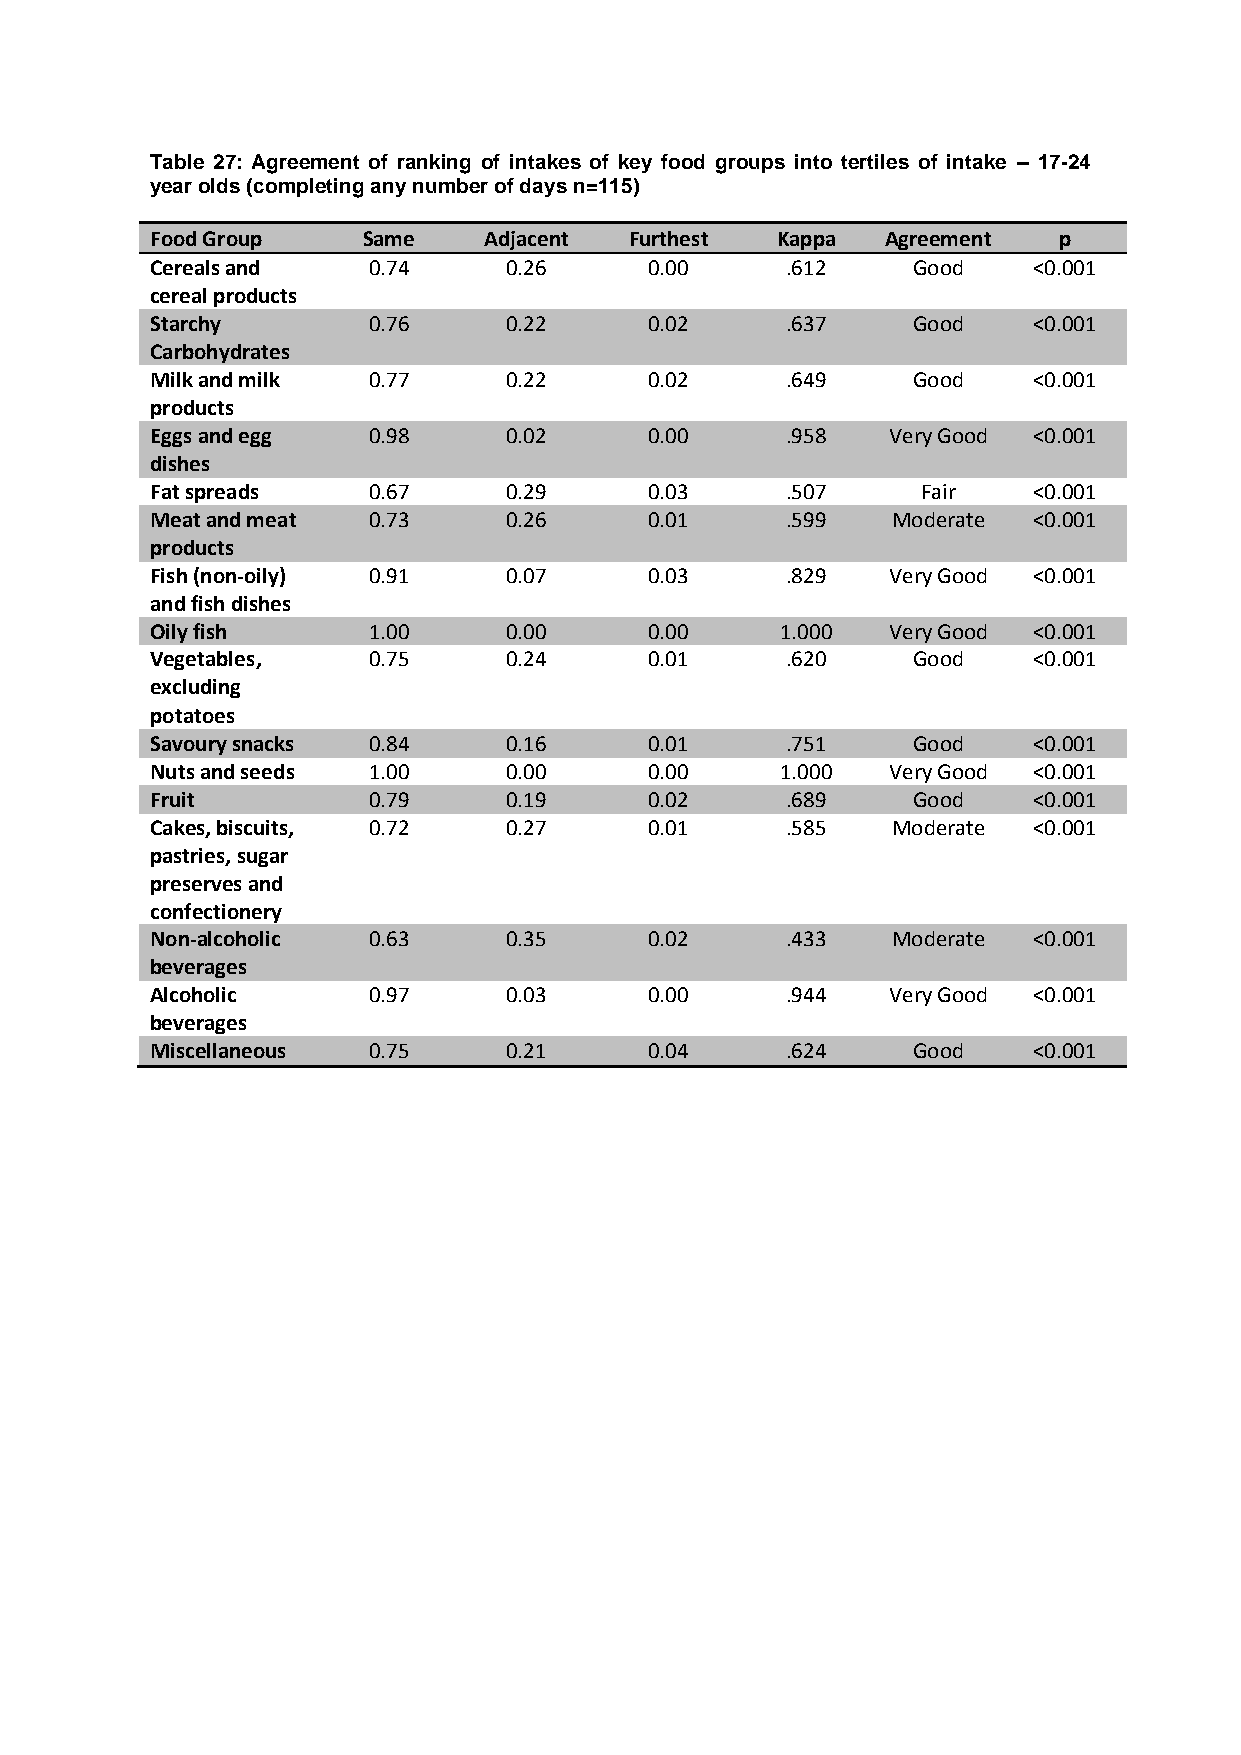
Table 27: Agreement of ranking of intakes of key food groups into tertiles of intake – 17-24
 year olds (completing any number of days n=115)
 Food Group    Same    Adjacent  Furthest Kappa   Agreement  p
 Cereals and   0.74     0.26      0.00     .612    Good    <0.001
 cereal products
 Starchy       0.76     0.22      0.02     .637    Good    <0.001
 Carbohydrates
 Milk and milk 0.77     0.22      0.02     .649    Good    <0.001
 products
 Eggs and egg  0.98     0.02      0.00     .958   Very Good <0.001
 dishes
 Fat spreads   0.67     0.29      0.03     .507     Fair   <0.001
 Meat and meat 0.73     0.26      0.01     .599   Moderate <0.001
 products
 Fish (non-oily) 0.91   0.07      0.03     .829   Very Good <0.001
 and fish dishes
 Oily fish     1.00     0.00      0.00     1.000  Very Good <0.001
 Vegetables,   0.75     0.24      0.01     .620    Good    <0.001
 excluding
 potatoes
 Savoury snacks 0.84    0.16      0.01     .751    Good    <0.001
 Nuts and seeds 1.00    0.00      0.00     1.000  Very Good <0.001
 Fruit         0.79     0.19      0.02     .689    Good    <0.001
 Cakes, biscuits, 0.72  0.27      0.01     .585   Moderate <0.001
 pastries, sugar
 preserves and
 confectionery
 Non-alcoholic 0.63     0.35      0.02     .433   Moderate <0.001
 beverages
 Alcoholic     0.97     0.03      0.00     .944   Very Good <0.001
 beverages
 Miscellaneous 0.75     0.21      0.04     .624    Good    <0.001